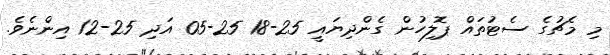
މި މެޗުގެ ސެޓުތައް ޕޮލިހުން ގެންދިޔައީ 25-18 25-05 އަދި 25-12 އިންނެވެ.